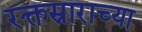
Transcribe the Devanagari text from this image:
रक्तस्राराच्या